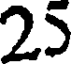
25